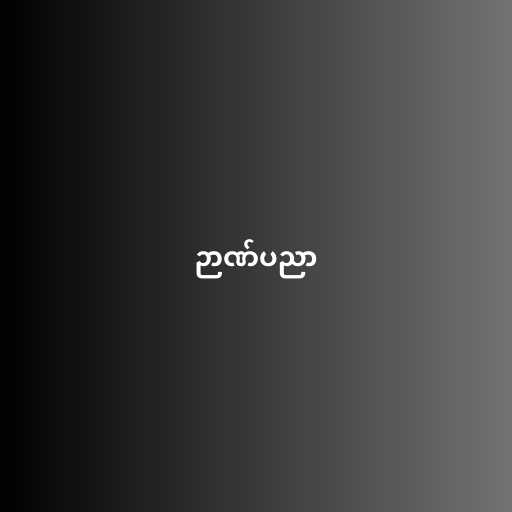
ဉာဏ်ပညာ